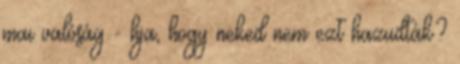
mai valóság - hja, hogy neked nem ezt hazudták?